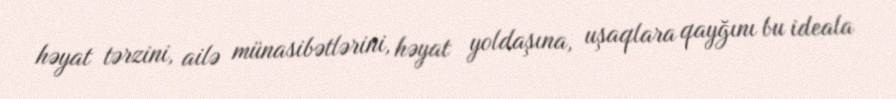
həyat tərzini, ailə münasibətlərini, həyat yoldaşına, uşaqlara qayğını bu ideala